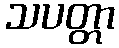
သပတ္တာ